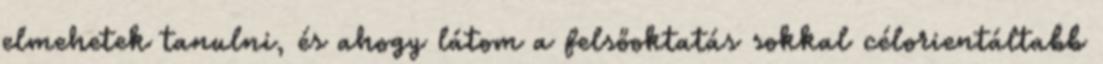
elmehetek tanulni, és ahogy látom a felsőoktatás sokkal célorientáltabb